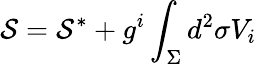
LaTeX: {\cal S}={\cal S}^{*}+g^{i}\int_{\Sigma}d^{2}\sigma V_{i}